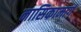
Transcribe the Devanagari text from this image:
नासिकामार्ग